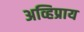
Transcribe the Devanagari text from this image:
अव्हिप्राय